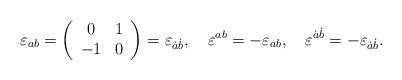
LaTeX: \begin{align*}\varepsilon_{ab}=\left( \begin{array}{cc} 0 & 1 \\ -1 & 0 \end{array} \right) = \varepsilon_{\dot{a}\dot{b}},\quad \varepsilon^{a b} = - \varepsilon_{a b}, \quad \varepsilon^{\dot{a}\dot{b}} = - \varepsilon_{\dot{a}\dot{b}}.\end{align*}